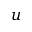
u